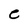
Character: C